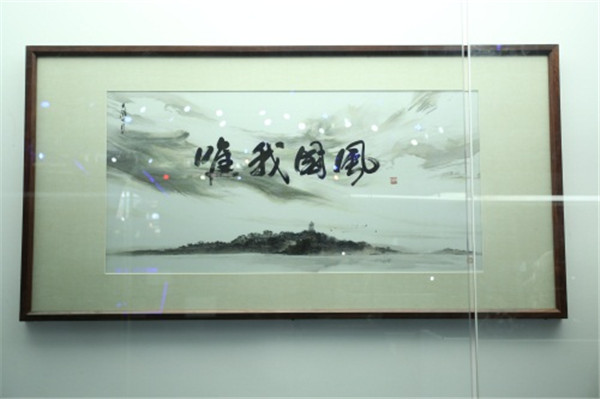
寂寞尊前席上，唯愁海角天涯。